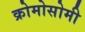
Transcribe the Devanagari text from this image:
क्रोमोसोमी